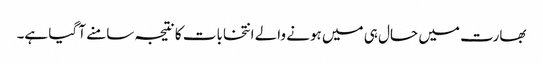
بھارت میں حال ہی میں ہونے والے انتخابات کا نتیجہ سامنے آ گیا ہے۔